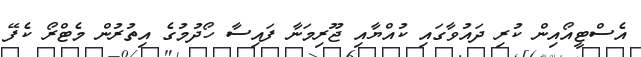
އެސްޓީއޯއިން ކުރި ދައުވާގައި ކުއްޔާއި ޖޫރިމަނާ ފައިސާ ހޯދުމުގެ އިތުރުން މެޓްރޯ ކެފޭ